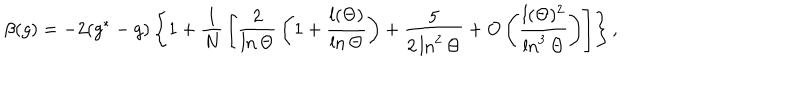
\beta ( g ) = - 2 ( g ^ { * } - g ) \left\{ 1 + { \frac { 1 } { N } } \left[ { \frac { 2 } { \ln \Theta } } \left( 1 + { \frac { l ( \Theta ) } { \ln \Theta } } \right) + { \frac { 5 } { 2 \ln ^ { 2 } \Theta } } + O \left( { \frac { l ( \Theta ) ^ { 2 } } { \ln ^ { 3 } \Theta } } \right) \right] \right\} ,